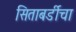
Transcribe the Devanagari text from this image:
सिताबर्डीचा